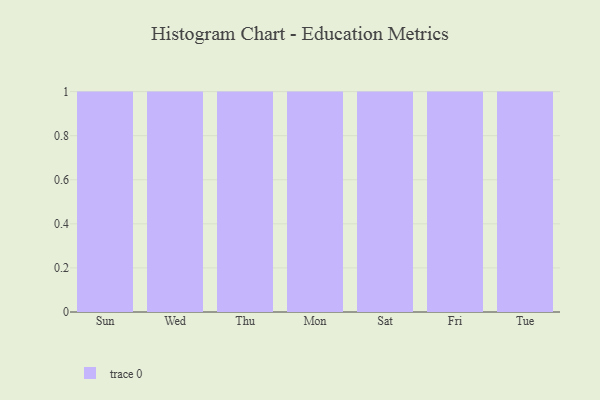
{"axis": {"x": "Day", "y": "Energy Usage (MWh)"}, "legend": [""], "data": [{"x": "Sun", "y": 14, "type": ""}, {"x": "Wed", "y": 89, "type": ""}, {"x": "Thu", "y": 10, "type": ""}, {"x": "Mon", "y": 38, "type": ""}, {"x": "Sat", "y": 86, "type": ""}, {"x": "Fri", "y": 64, "type": ""}, {"x": "Tue", "y": 60, "type": ""}]}